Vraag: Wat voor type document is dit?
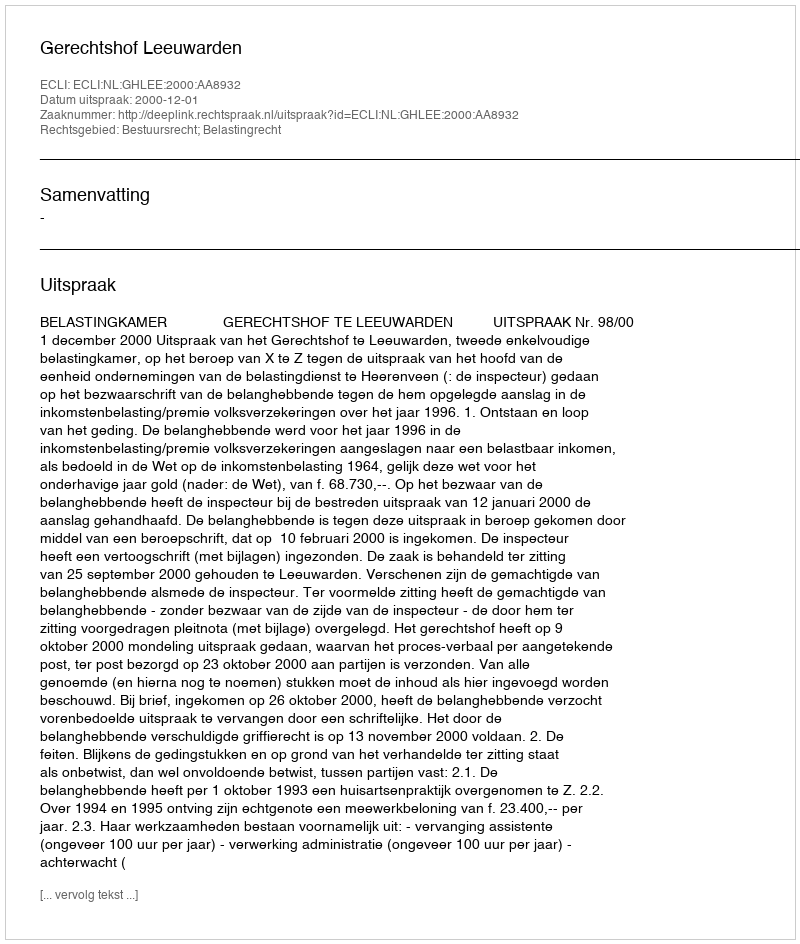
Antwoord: Uitspraak